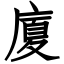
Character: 廈